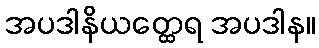
အပဒါနိယတ္ထေရ အပဒါန။